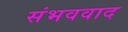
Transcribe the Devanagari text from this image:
संभववाद